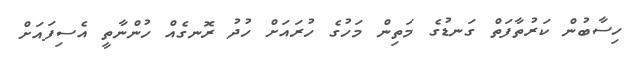
ހިސާބުން ކަރުތާފަތް ގަނޑުގެ މަތިން މަހުގެ ހުރައަށް ހުދު ރޮނގެއް ހުންނާތީ އެސިފައަށް